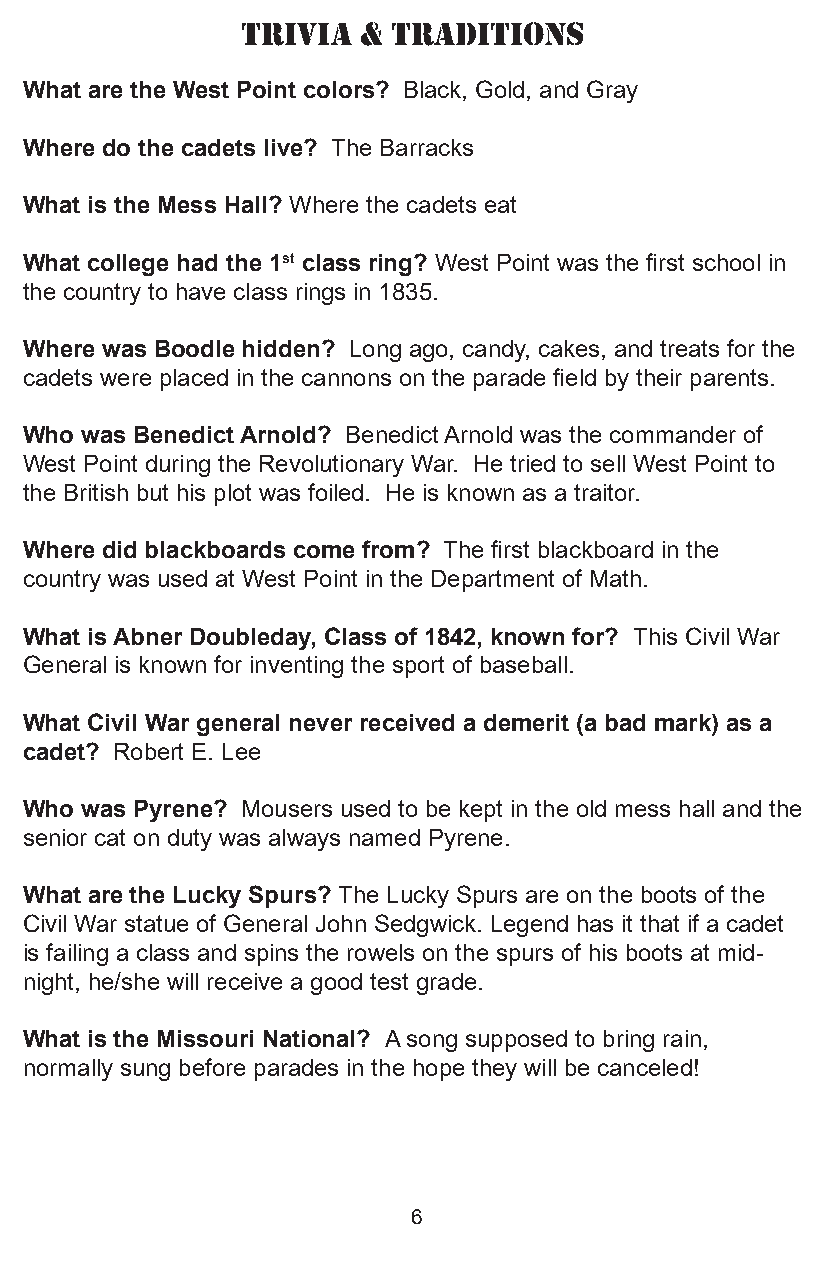
TriVia  & TradiTiONS
 What are the West Point colors? Black, Gold, and Gray
 Where do the cadets live? The Barracks
 What is the Mess Hall? Where the cadets eat
 What college had the 1st class ring? West Point was the first school in
 the country to have class rings in 1835.
 Where was Boodle hidden? Long ago, candy, cakes, and treats for the
 cadets were placed in the cannons on the parade field by their parents.
 Who was Benedict Arnold? Benedict Arnold was the commander of
 West Point during the Revolutionary War. He tried to sell West Point to
 the British but his plot was foiled. He is known as a traitor.
 Where did blackboards come from? The first blackboard in the
 country was used at West Point in the Department of Math.
 What is Abner Doubleday, Class of 1842, known for? This Civil War
 General is known for inventing the sport of baseball.
 What Civil War general never received a demerit (a bad mark) as a
 cadet? Robert E. Lee
 Who was Pyrene? Mousers used to be kept in the old mess hall and the
 senior cat on duty was always named Pyrene.
 What are the Lucky Spurs? The Lucky Spurs are on the boots of the
 Civil War statue of General John Sedgwick. Legend has it that if a cadet
 is failing a class and spins the rowels on the spurs of his boots at mid-
 night, he/she will receive a good test grade.
 What is the Missouri National? A song supposed to bring rain,
 normally sung before parades in the hope they will be canceled!
 6